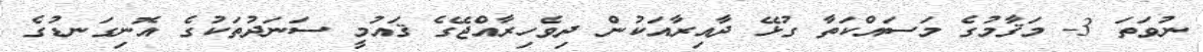
ނުވަތަ 3- މަޤާމުގެ މަސައްކަތާ ގުޅޭ ދާއިރާއަކުން ދިވެހިރާއްޖޭގެ ޤައުމީ ސަނަދުތަކުގެ އޮނިގަނޑުގެ